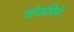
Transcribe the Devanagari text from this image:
सोडविणें